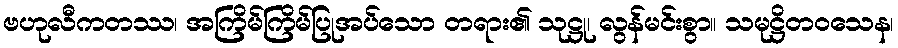
ဗဟုလီကတဿ၊ အကြိမ်ကြိမ်ပြုအပ်သော တရား၏ သုဋ္ဌု၊ လွန်မင်းစွာ။ သမုဋ္ဌိတဝသေန၊